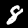
Label: 8